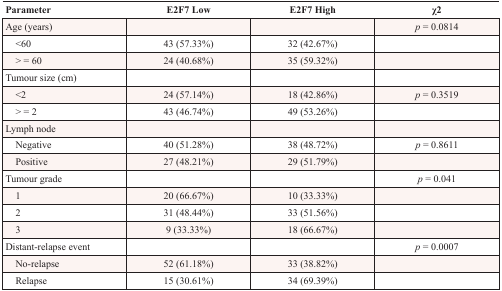
<table><thead><tr><td><b>Parameter</b></td><td><b>E2F7 Low</b></td><td><b>E2F7 High</b></td><td><b>χ2</b></td></tr></thead><tbody><tr><td>Age (years)</td><td></td><td></td><td><i>p</i> = 0.0814</td></tr><tr><td> &lt;60</td><td>43 (57.33%)</td><td>32 (42.67%)</td><td></td></tr><tr><td> &gt; = 60</td><td>24 (40.68%)</td><td>35 (59.32%)</td><td></td></tr><tr><td>Tumour size (cm)</td><td></td><td></td><td></td></tr><tr><td> &lt;2</td><td>24 (57.14%)</td><td>18 (42.86%)</td><td><i>p</i> = 0.3519</td></tr><tr><td> &gt; = 2</td><td>43 (46.74%)</td><td>49 (53.26%)</td><td></td></tr><tr><td>Lymph node</td><td></td><td></td><td></td></tr><tr><td> Negative</td><td>40 (51.28%)</td><td>38 (48.72%)</td><td><i>p</i> = 0.8611</td></tr><tr><td> Positive</td><td>27 (48.21%)</td><td>29 (51.79%)</td><td></td></tr><tr><td>Tumour grade</td><td></td><td></td><td><i>p</i> = 0.041</td></tr><tr><td> 1</td><td>20 (66.67%)</td><td>10 (33.33%)</td><td></td></tr><tr><td> 2</td><td>31 (48.44%)</td><td>33 (51.56%)</td><td></td></tr><tr><td> 3</td><td>9 (33.33%)</td><td>18 (66.67%)</td><td></td></tr><tr><td>Distant-relapse event</td><td></td><td></td><td><i>p</i> = 0.0007</td></tr><tr><td> No-relapse</td><td>52 (61.18%)</td><td>33 (38.82%)</td><td></td></tr><tr><td> Relapse</td><td>15 (30.61%)</td><td>34 (69.39%)</td><td></td></tr></tbody></table>